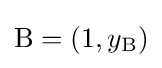
\mathrm {B} =(1,y_{\mathrm {B} })